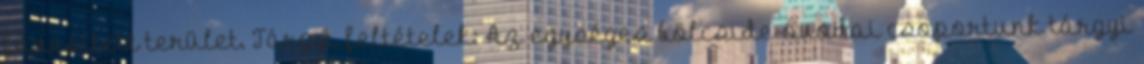
füvesített terület. Tárgyi feltételek: Az egységes bölcsıde-óvodai csoportunk tárgyi